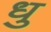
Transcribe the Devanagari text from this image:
धु